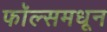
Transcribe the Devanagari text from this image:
फॉल्समधून